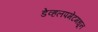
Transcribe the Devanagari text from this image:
डेव्हलपमेंटमधून